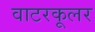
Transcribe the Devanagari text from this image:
वाटरकूलर